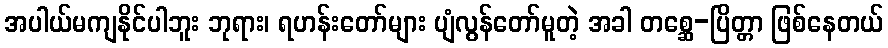
အပါယ်မကျနိုင်ပါဘူး ဘုရား၊ ရဟန်းတော်များ ပျံလွန်တော်မူတဲ့ အခါ တစ္ဆေ-ပြိတ္တာ ဖြစ်နေတယ်